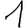
Digit: 1